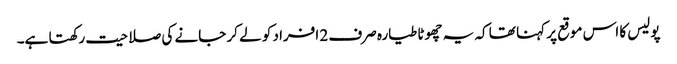
پولیس کا اس موقع پر کہنا تھا کہ یہ چھوٹا طیارہ صرف 2 افراد کو لے کر جانے کی صلاحیت رکھتا ہے۔